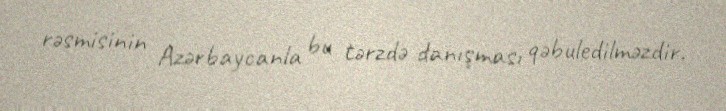
rəsmisinin Azərbaycanla bu tərzdə danışması qəbuledilməzdir.